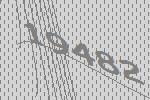
19482